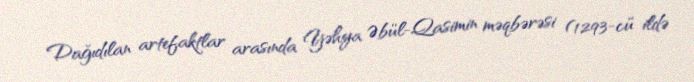
Dağıdılan artefaktlar arasında Yəhya Əbül-Qasimin məqbərəsi (1293-cü ildə